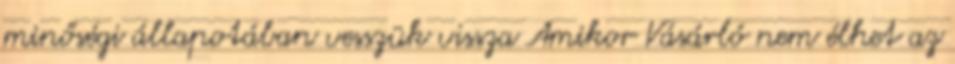
minőségi állapotában vesszük vissza Amikor Vásárló nem élhet az